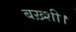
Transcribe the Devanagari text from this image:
बख़्शी।